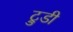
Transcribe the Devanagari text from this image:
ट्रुडी